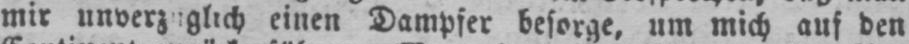
einen Dampfer besorge, um mich auf den